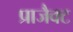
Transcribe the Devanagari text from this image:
प्राजैक्ट